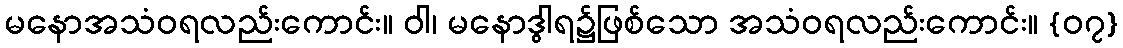
မနောအသံဝရလည်းကောင်း။ ဝါ၊ မနောဒွါရ၌ဖြစ်သော အသံဝရလည်းကောင်း။ {၀၇}